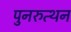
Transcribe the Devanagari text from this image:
पुनरुत्थन